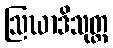
ဩဃာဒိသုတ္တ